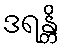
ဒရန္တိ